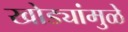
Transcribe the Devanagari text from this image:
खोड्यांमुळे